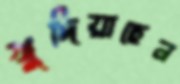
খুদিয়াছেন